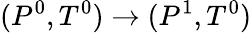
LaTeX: (P^{0},T^{0})\rightarrow(P^{1},T^{0})